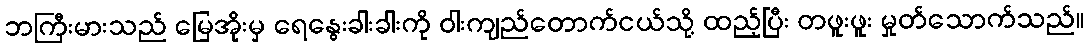
ဘကြီးမားသည် မြေအိုးမှ ရေနွေးခါးခါးကို ဝါးကျည်တောက်ငယ်သို့ ထည့်ပြီး တဖူးဖူး မှုတ်သောက်သည်။